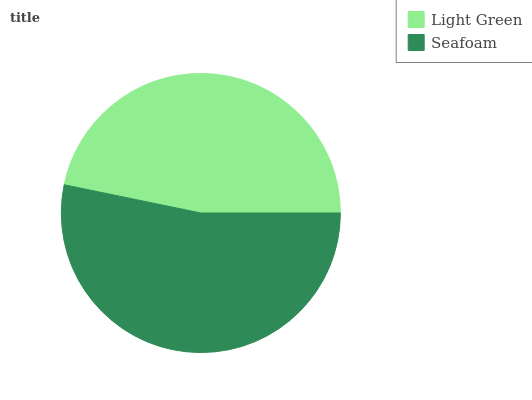
| Light Green | Seafoam |
 | --- | --- |
 | 46.7% | 53.3% |